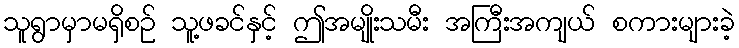
သူရွာမှာမရှိစဉ် သူ့ဖခင်နှင့် ဤအမျိုးသမီး အကြီးအကျယ် စကားများခဲ့